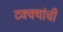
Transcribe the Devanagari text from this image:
टक्क्यांची